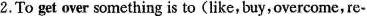
2.To get over something is to(like,buy,overcome, re-